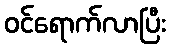
ဝင်ရောက်လာပြီး